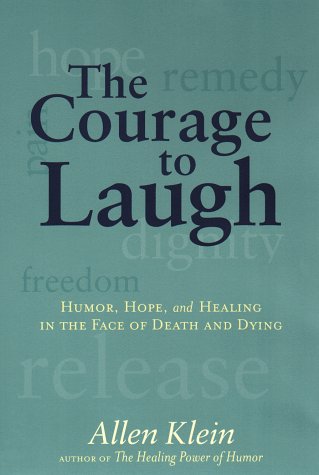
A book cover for The Courage to Laugh; Allen Klein; Humor & Entertainment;